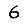
Digit: 6